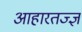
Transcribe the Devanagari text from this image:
आहारतज्ज्ञ